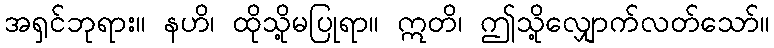
အရှင်ဘုရား။ နဟိ၊ ထိုသို့မပြုရာ။ ဣတိ၊ ဤသို့လျှောက်လတ်သော်။